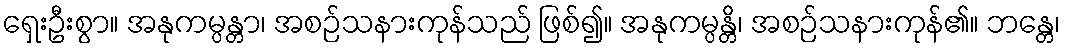
ရှေးဦးစွာ။ အနုကမ္ပန္တာ၊ အစဉ်သနားကုန်သည် ဖြစ်၍။ အနုကမ္ပန္တိ၊ အစဉ်သနားကုန်၏။ ဘန္တေ၊